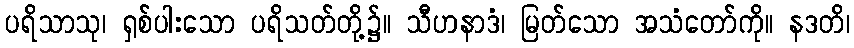
ပရိသာသု၊ ရှစ်ပါးသော ပရိသတ်တို့၌။ သီဟနာဒံ၊ မြတ်သော အသံတော်ကို။ နဒတိ၊